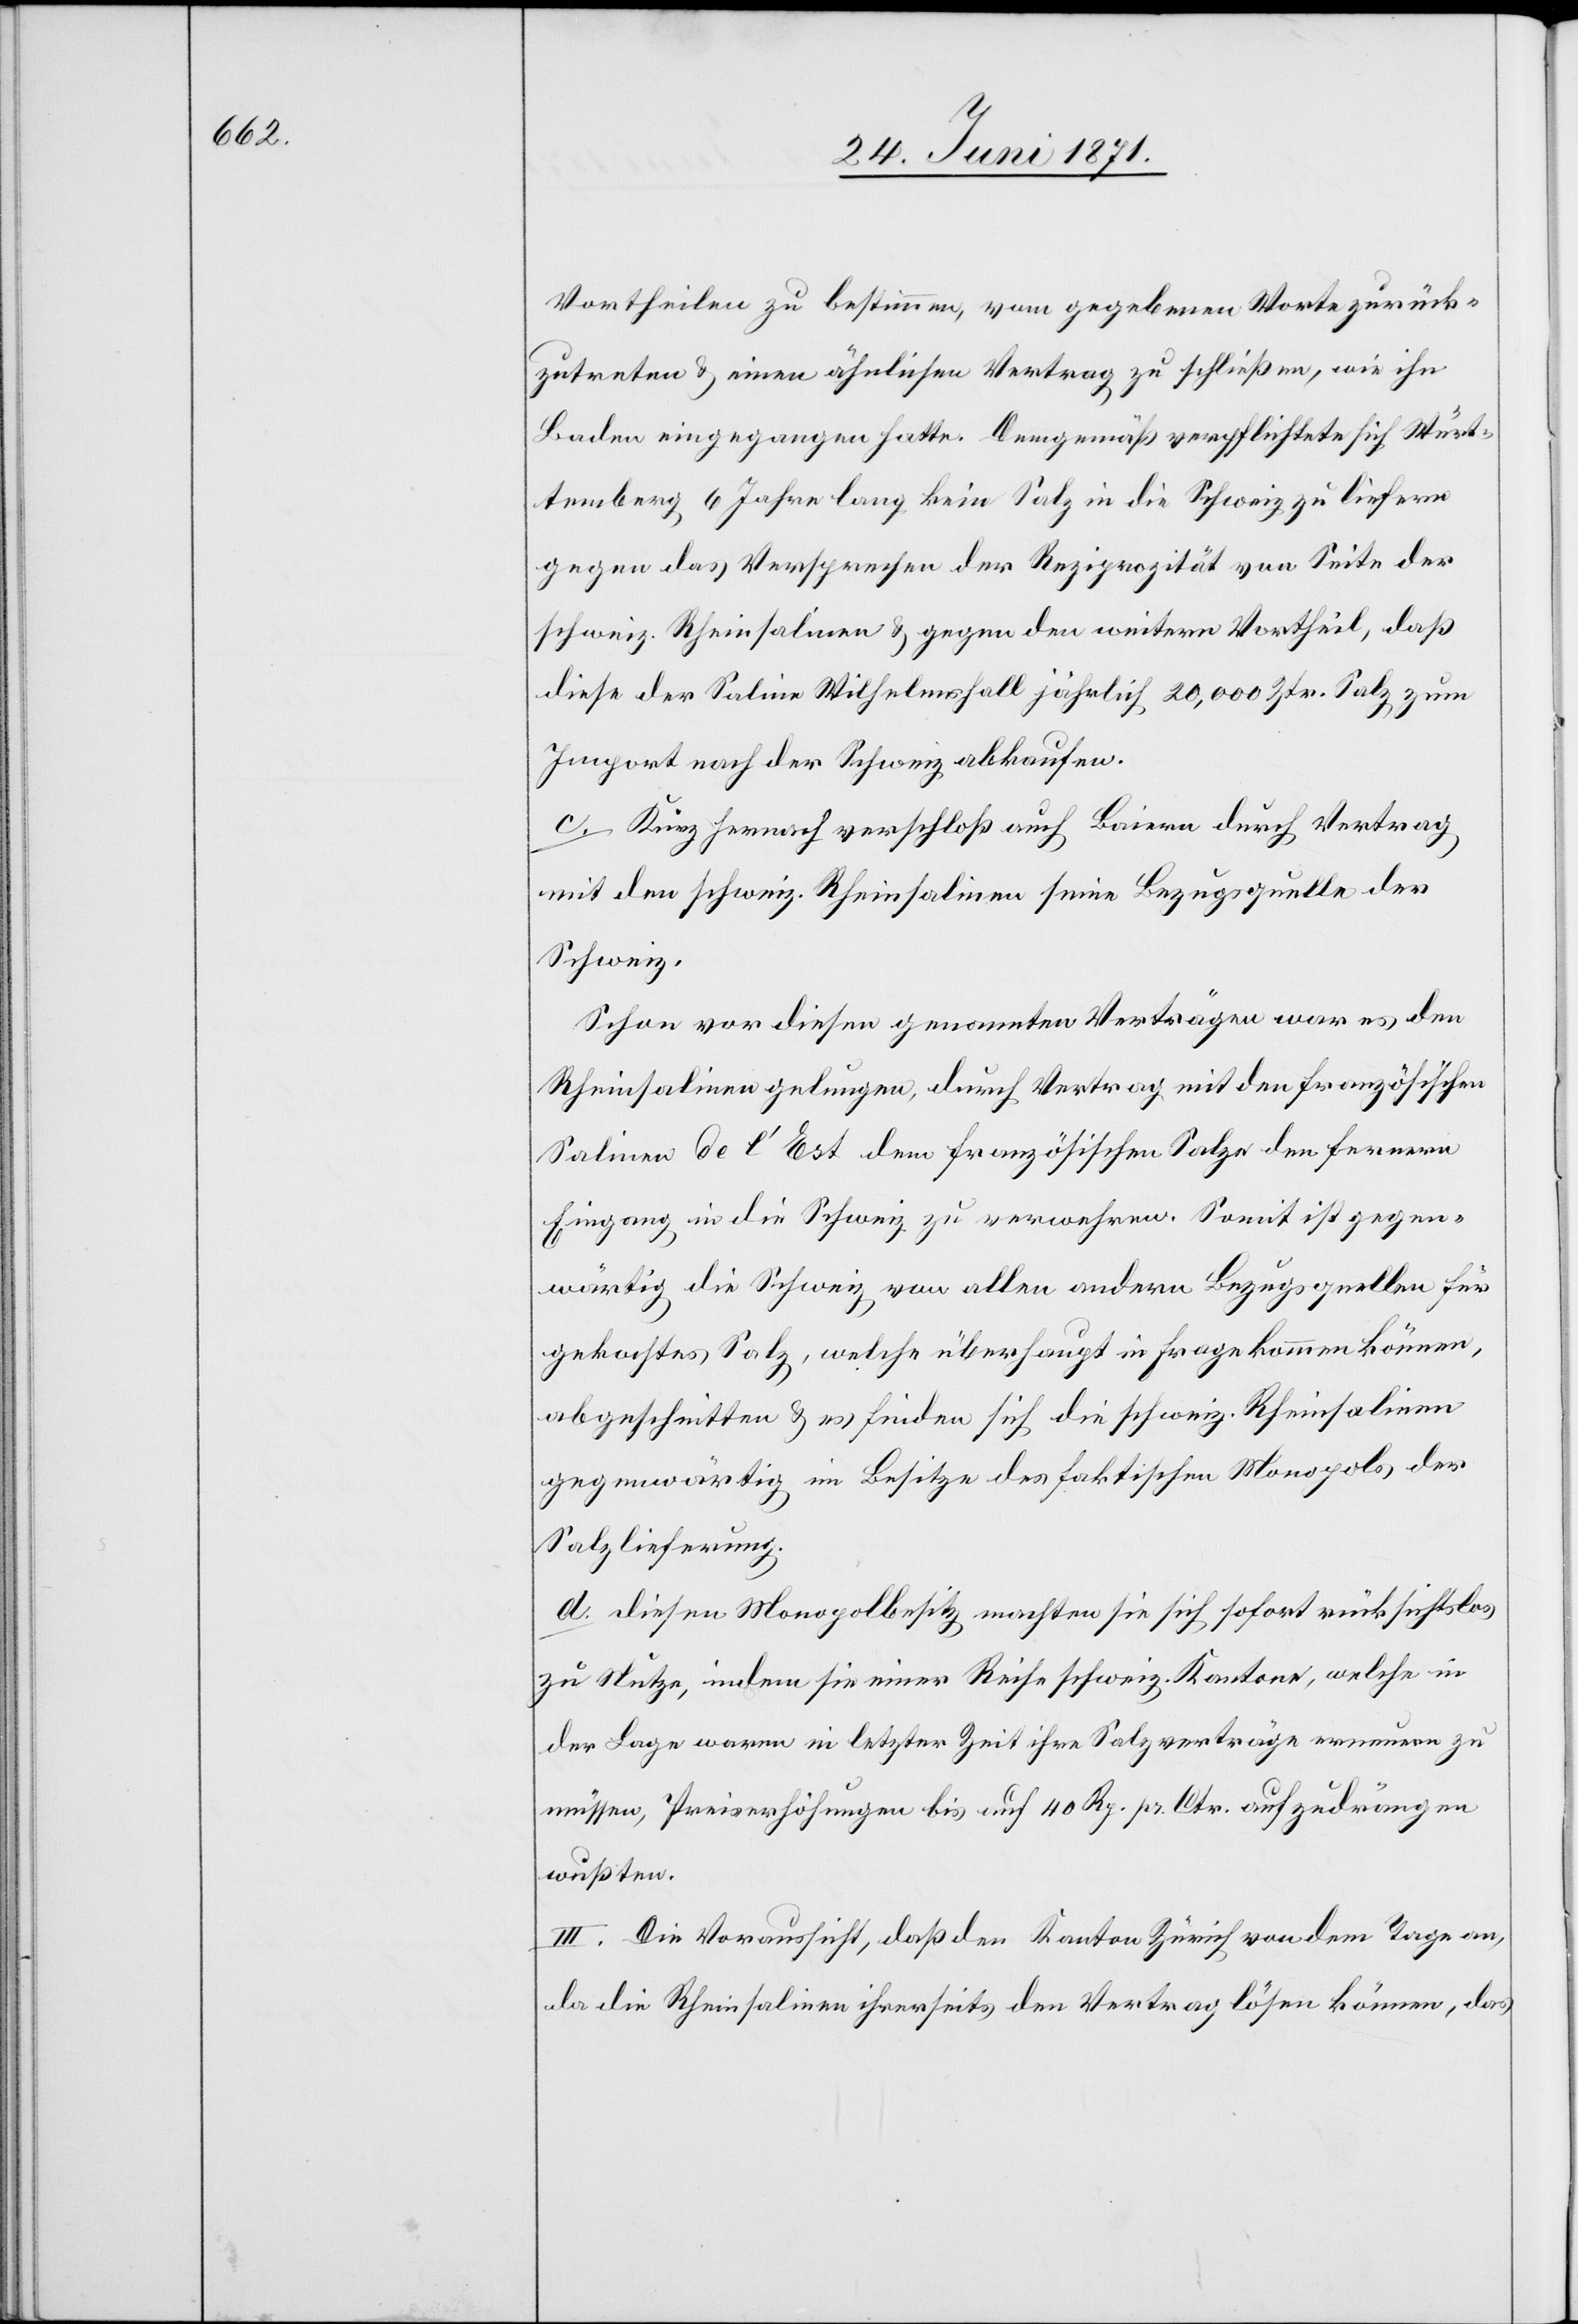
Vortheilen zu bestimmen, vom gegebenen Worte zurück¬
zutreten u. einen ähnlichen Vertrag zu schließen, wie ihn
Baden eingegangen hatte. Demgemäß verpflichtete sich Würt¬
temberg 6 Jahre lang kein Salz in die Schweiz zu liefern
gegen das Versprechen der Reziprozität von Seite der
schweiz. Rheinsalinen u. gegen den weitern Vortheil, daß
diese der Saline Wilhelmsfall jährlich 20,000 Ztr. Salz zum
Import nach der Schweiz abkaufen.
c. Kurz hernach verschloß auch Baiern durch Vertrag
mit den schweiz. Rheinsalinen seine Bezugsquelle der
Schweiz.
Schon vor diesen genannten Verträgen war es den
Rheinsalinen gelungen, durch Vertrag mit den französischen
Salinen de l’Est dem französischen Salze den fernern
Eingang in die Schweiz zu verwehren. Somit ist gegen¬
wärtig die Schweiz von allen andern Bezugsquellen für
gekochtes Salz, welche überhaupt in Frage kommen können,
abgeschnitten u. es finden sich die schweiz. Rheinsalinen
gegenwärtig im Besitze des faktischen Monopols der
Salzlieferung.
d. diesen Monopolbesitz machten sie sich sofort rücksichtslos
zu Nutze, indem sie einer Reihe schweiz. Kantonen, welche in
der Lage waren in letzter Zeit ihre Salzverträge erneuern zu
müssen, Preiserhöhungen bis auf 40 Rp. pr. Ctr. aufzudrängen
wußten.
III. Die Voraussicht, daß den Kanton Zürich von dem Tage an,
da die Rheinsalinen ihrerseits den Vertag lösen können, das